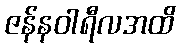
ဇန်နဝါရီလအထိ